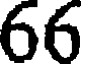
66